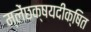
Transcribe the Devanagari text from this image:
म्लेंछक्षयदीक्षित